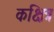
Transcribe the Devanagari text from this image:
कक्षित्र